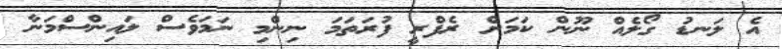
އެ ލަނޑު ގޯލެއް ނޫން ކަމަށް ރެފްރީ ފުރަތަމަ ނިންމި ނަމަވެސް ލައިންސްމަނާ